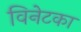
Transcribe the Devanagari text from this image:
विनेटका